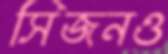
সিজনও